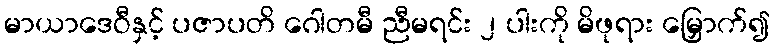
မာယာဒေဝီနှင့် ပဇာပတိ ဂေါတမီ ညီမရင်း ၂ ပါးကို မိဖုရား မြှောက်၍